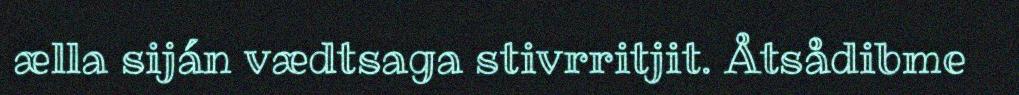
ælla siján vædtsaga stivrritjit. Åtsådibme